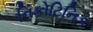
નિકોટિનિક